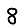
Digit: 8